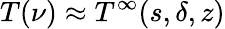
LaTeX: T(\nu)\approx T^{\infty}(s,\delta,z)